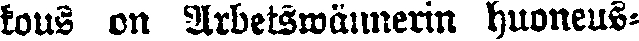
kous on Arbetsmännerin huoneus-